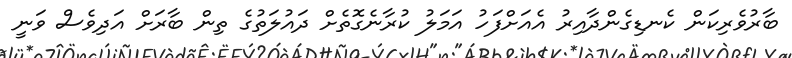
ބާރުވެރިކަން ކެނޑިގެންދާއިރު އެއަށްފަހު އަމަލު ކުރާނެގޮތެށް ދައުލަތުގެ ތިން ބާރަށް އަދިވެސް ވަނީ